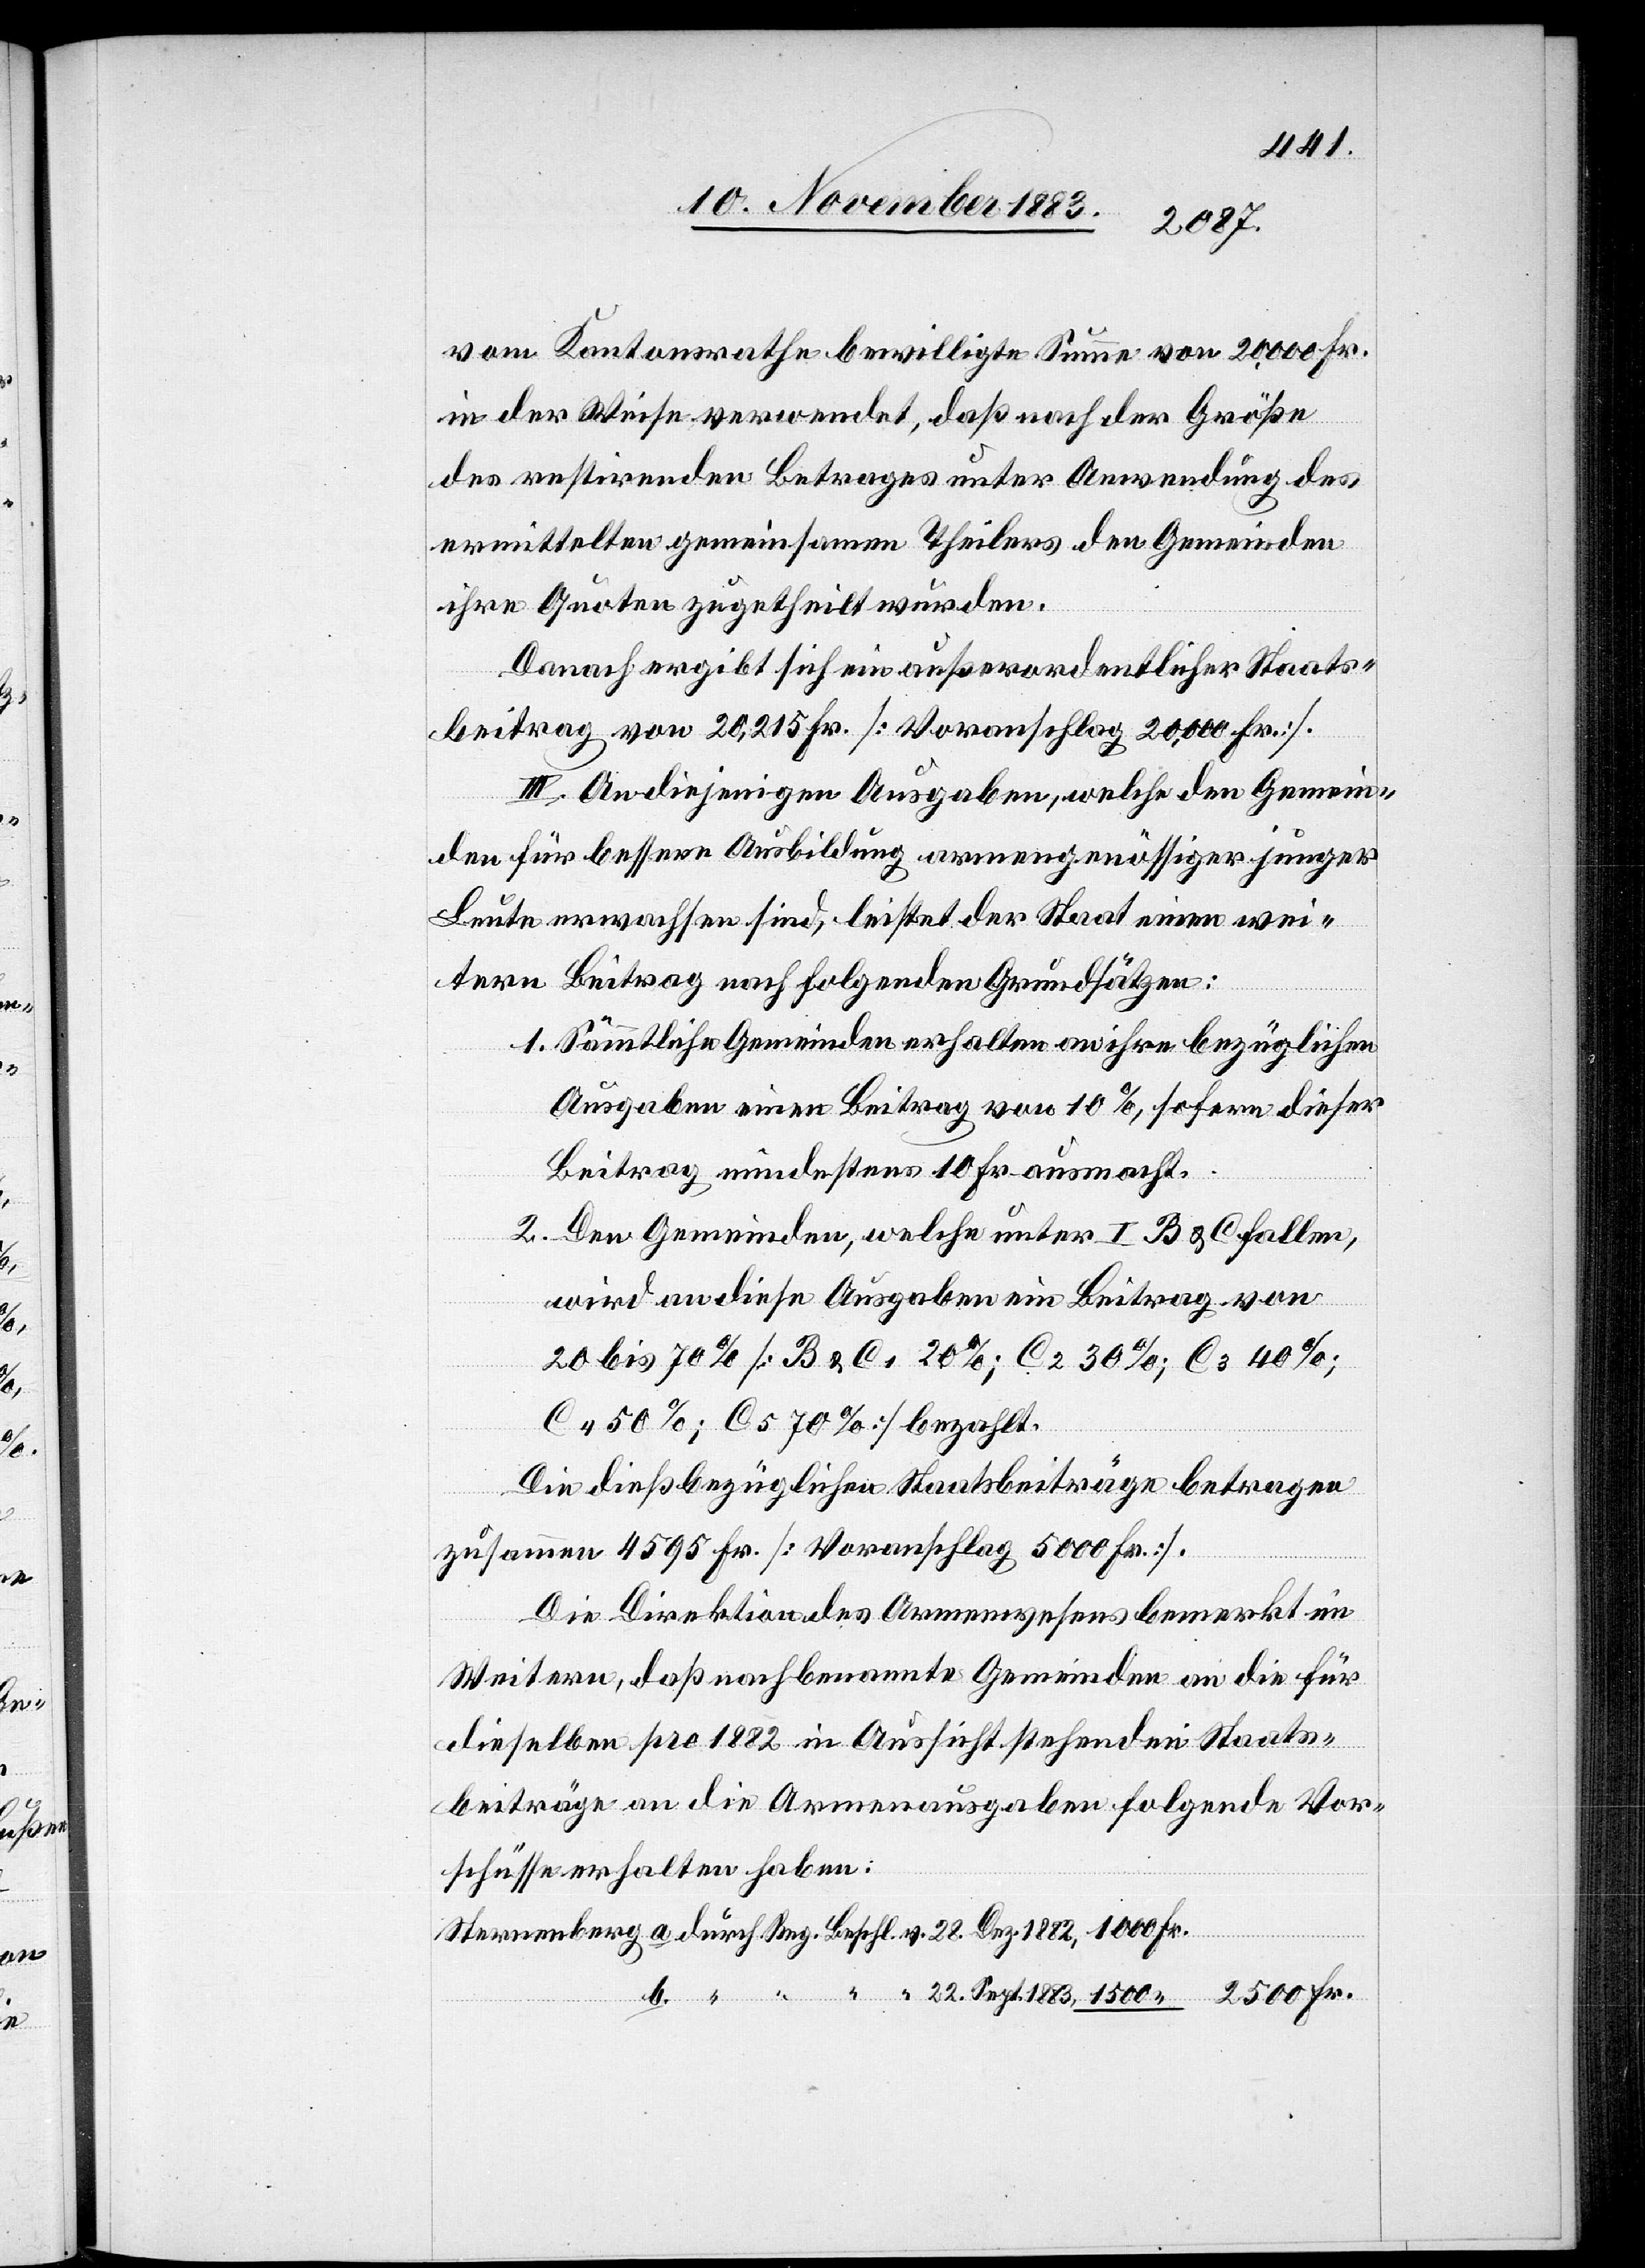
vom Kantonsrathe bewilligte Summe von 20,000 Fr.
in der Weise verwendet, daß nach der Größe
des restirenden Betrages unter Anwendung des
ermittelten gemeinsamen Theilers der Gemeinden
ihre Quoten zugetheilt wurden.
Danach ergibt sich ein außerordentlicher Staats¬
beitrag von 20,215 Fr. [Voranschlag 20,000 Fr.].
III. An diejenigen Ausgaben, welche den Gemein¬
den für bessere Ausbildung armengenössiger junger
Leute erwachsen sind, leistet der Staat einen wei¬
tern Beitrag nach folgenden Grundsätzen:
1. Sämmtliche Gemeinden erhalten an ihre bezüglichen
Ausgaben einen Beitrag von 10%, sofern dieser
Beitrag mindestens 10 Fr. ausmacht.
Fr.
2. Den Gemeinden, welche unter I. B & C fallen,
wird an diese Ausgaben ein Beitrag von
20 bis 70% [B & C1 20%; C2 30%; C3 40%;
C4 50%; C5 70%] bezahlt.
Die dießbezüglichen Staatsbeiträge betragen
zusammen 4595 Fr. [Voranschlag 5000 Fr.].
Die Direktion des Armenwesens bemerkt im
Weitern, daß nachbenannte Gemeinden an die für
dieselben pro 1882 in Aussicht stehenden Staats¬
beiträge an die Armenausgaben folgende Vor¬
schüsse erhalten haben:
b.